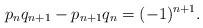
LaTeX: \begin{align*} p_nq_{n+1} - p_{n+1} q_n = (-1)^{n+1}.\end{align*}